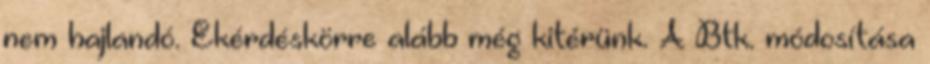
nem hajlandó. Ekérdéskörre alább még kitérünk. A Btk. módosítása